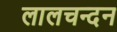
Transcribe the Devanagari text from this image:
लालचन्दन